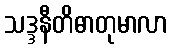
သဒ္ဒနီတိဓာတုမာလာ